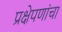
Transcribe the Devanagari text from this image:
प्रक्षेपणांचा